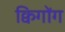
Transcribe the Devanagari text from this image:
क्विगोंग